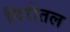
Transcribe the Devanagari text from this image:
गिरीतल